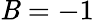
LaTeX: \mathit{B}=-1